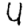
Digit: 4